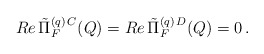
\begin{align*}Re \, \tilde{\Pi}_F^{(q) \, C} (Q) = Re \, \tilde{\Pi}_F^{(q) \, D} (Q) = 0 \, .\end{align*}